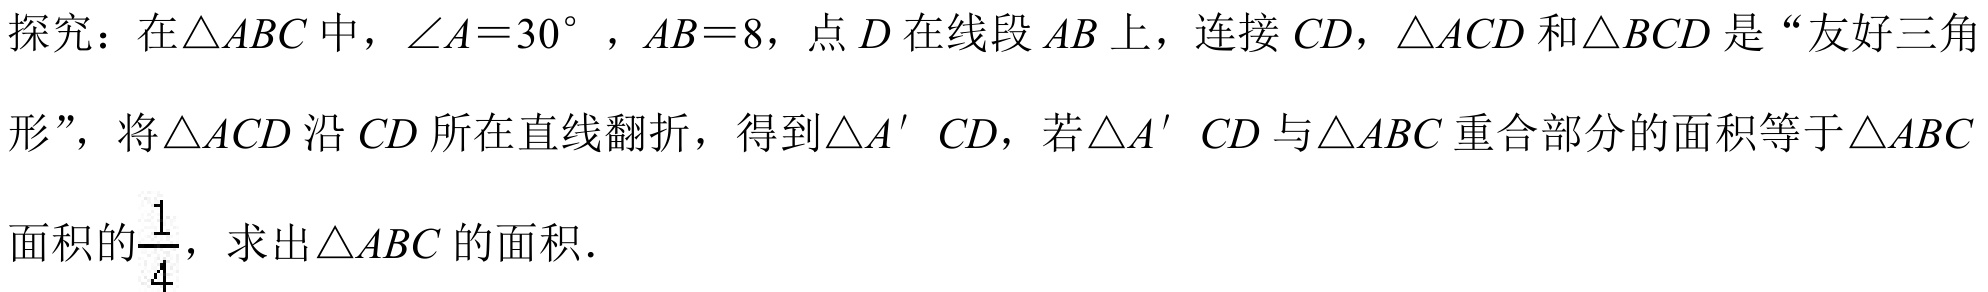
探究：在$\triangle ABC$中，$\angle A = 30^{\circ}$，$AB = 8$，点$D$在线段$AB$上，连接$CD$，$\triangle ACD$和$\triangle BCD$是“友好三角形”，将$\triangle ACD$沿$CD$所在直线翻折，得到$\triangle A^{'} CD$，若$\triangle A^{'} CD$与$\triangle ABC$重合部分的面积等于$\triangle ABC$面积的$\frac{1}{4}$，求出$\triangle ABC$的面积．